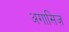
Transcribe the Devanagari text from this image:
अगासिज़